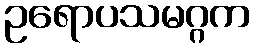
ဥရောပသမဂ္ဂက